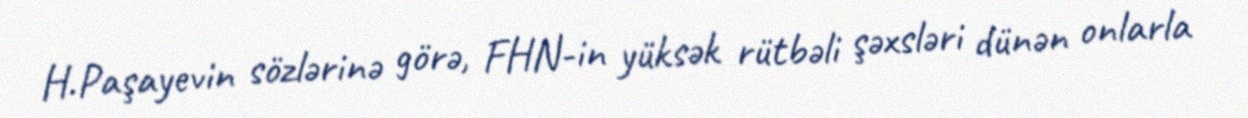
H.Paşayevin sözlərinə görə, FHN-in yüksək rütbəli şəxsləri dünən onlarla